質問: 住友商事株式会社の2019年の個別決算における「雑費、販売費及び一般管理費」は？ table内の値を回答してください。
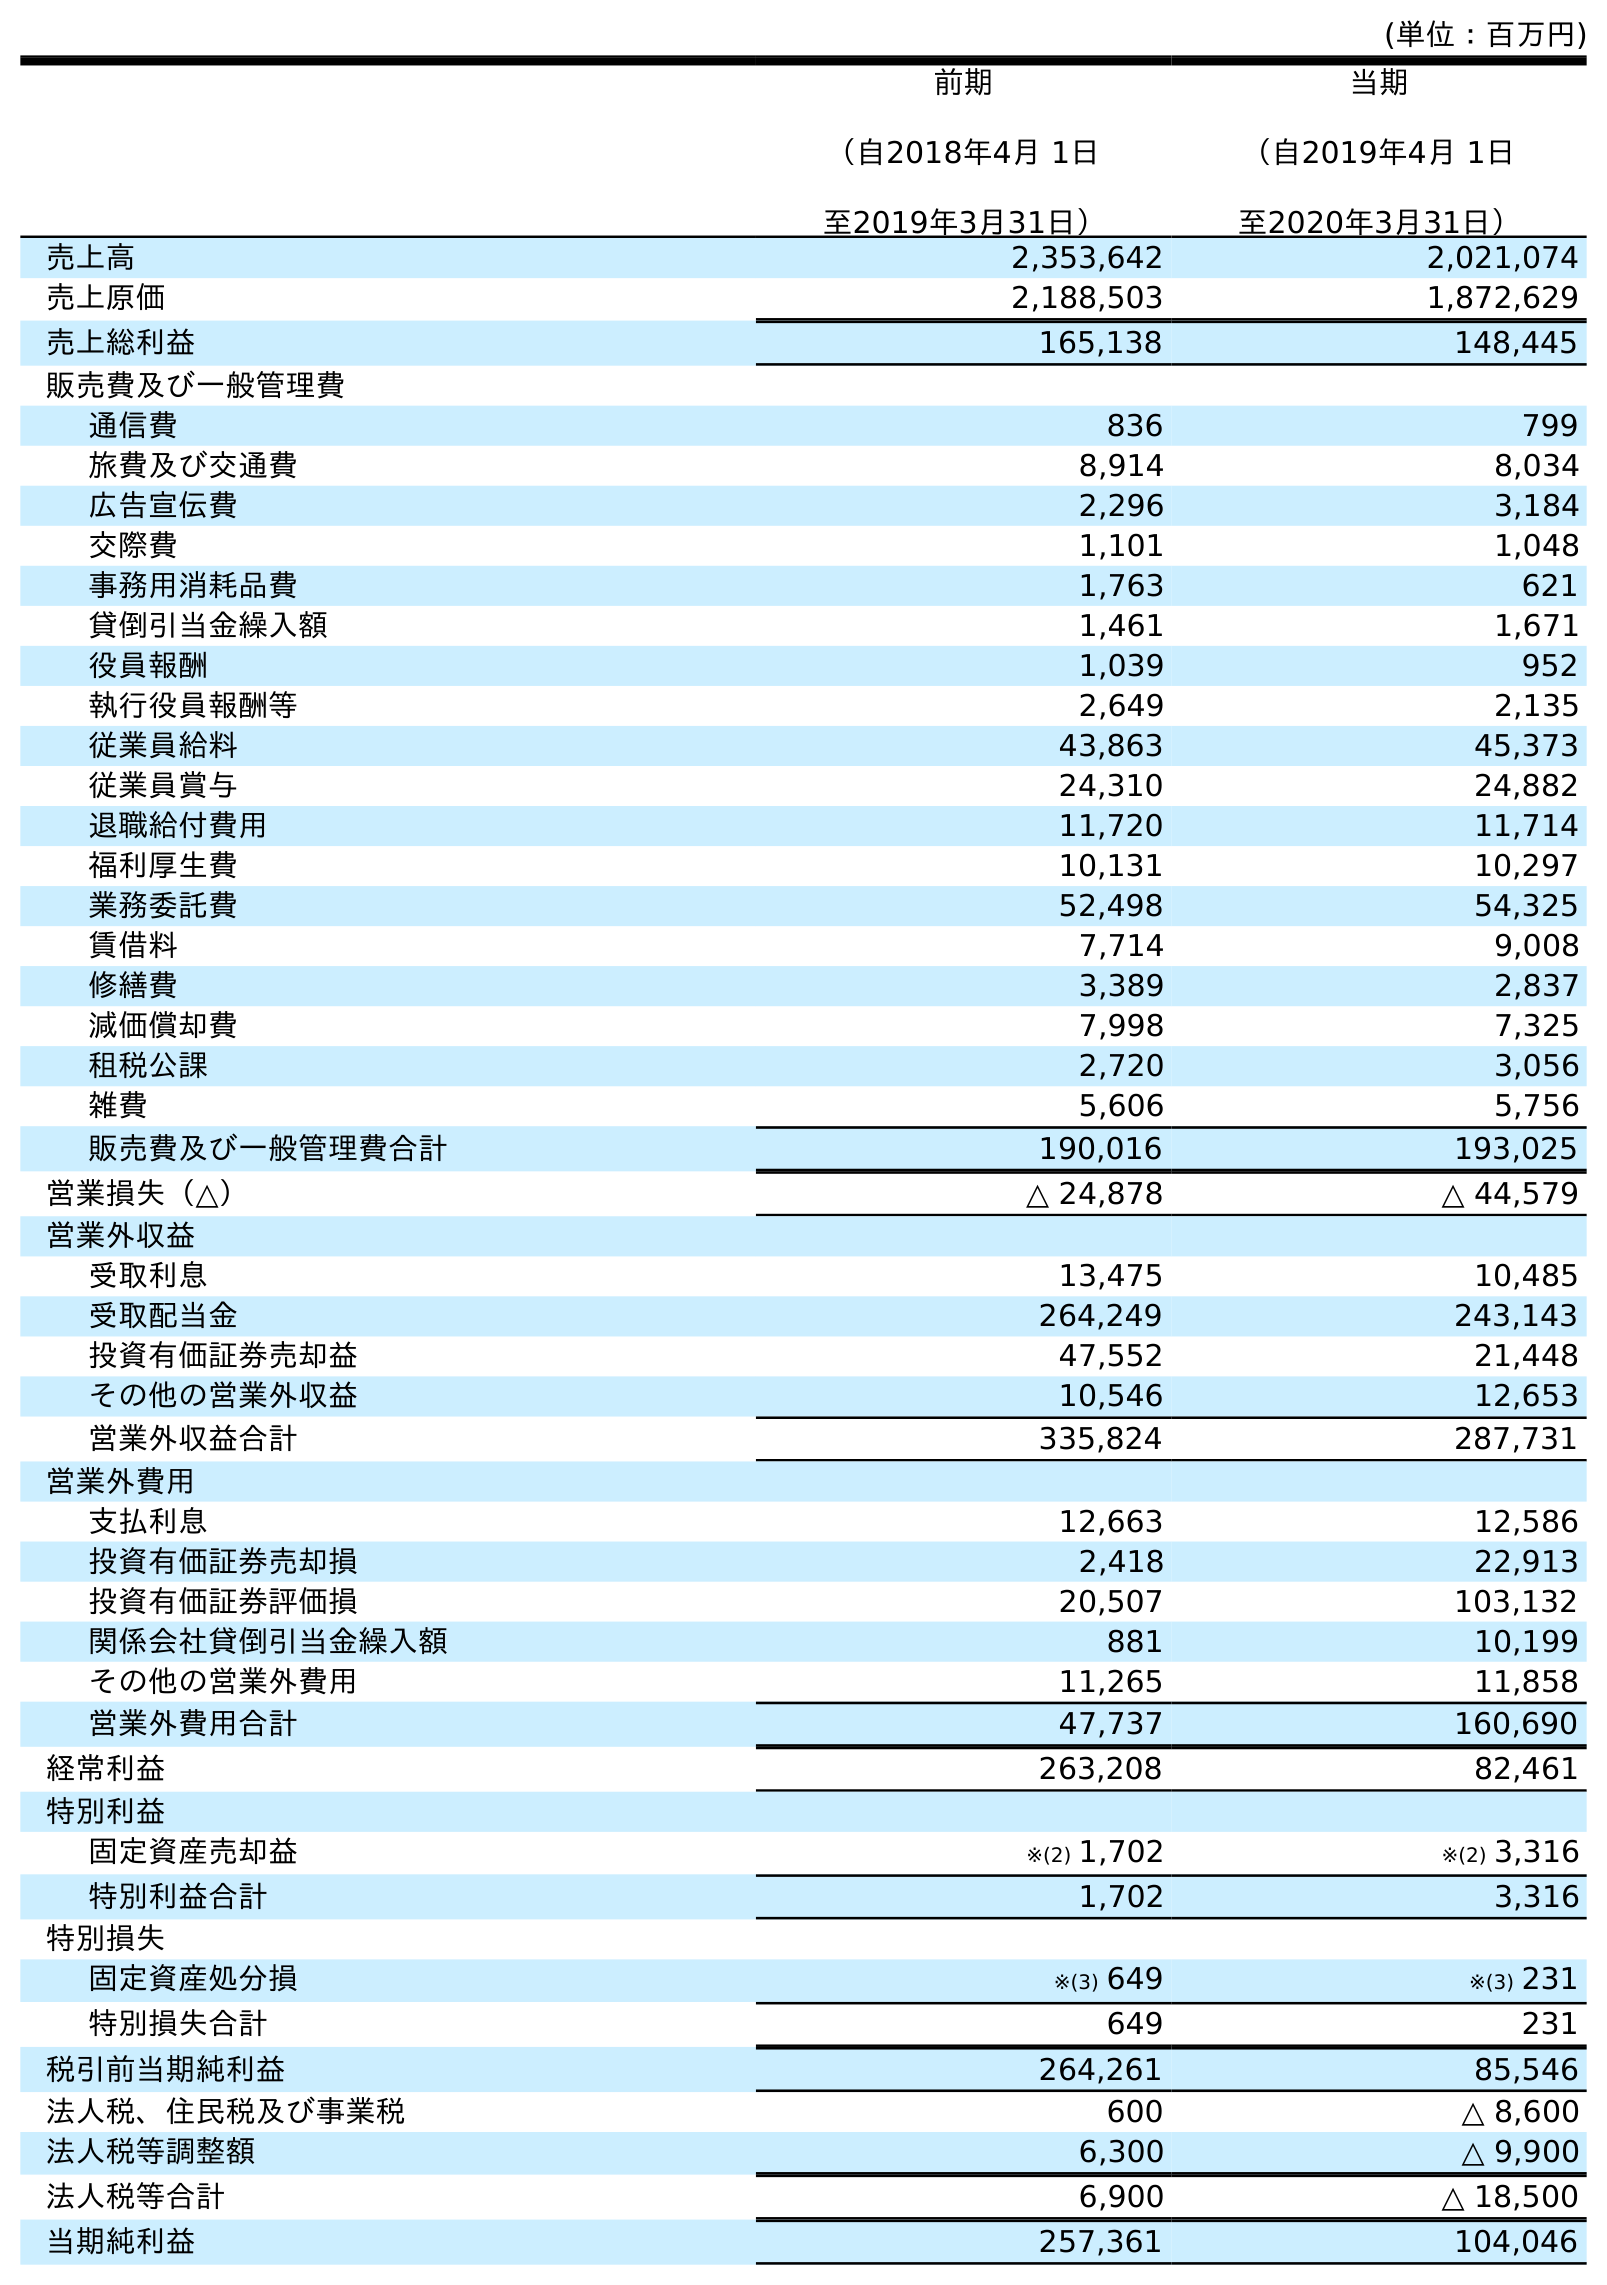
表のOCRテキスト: (単位：百万円) 前期 （自2018年4月 1日 至2019年3月31日） 当期 （自2019年4月 1日 至2020年3月31日） 売上高 2,353,642 2,021,074 売上原価 2,188,503 1,872,629 売上総利益 165,138 148,445 販売費及び一般管理費 通信費 836 799 旅費及び交通費 8,914 8,034 広告宣伝費 2,296 3,184 交際費 1,101 1,048 事務用消耗品費 1,763 621 貸倒引当金繰入額 1,461 1,671 役員報酬 1,039 952 執行役員報酬等 2,649 2,135 従業員給料 43,863 45,373 従業員賞与 24,310 24,882 退職給付費用 11,720 11,714 福利厚生費 10,131 10,297 業務委託費 52,498 54,325 賃借料 7,714 9,008 修繕費 3,389 2,837 減価償却費 7,998 7,325 租税公課 2,720 3,056 雑費 5,606 5,756 販売費及び一般管理費合計 190,016 193,025 営業損失（△） △ 24,878 △ 44,579 営業外収益 受取利息 13,475 10,485 受取配当金 264,249 243,143 投資有価証券売却益 47,552 21,448 その他の営業外収益 10,546 12,653 営業外収益合計 335,824 287,731 営業外費用 支払利息 12,663 12,586 投資有価証券売却損 2,418 22,913 投資有価証券評価損 20,507 103,132 関係会社貸倒引当金繰入額 881 10,199 その他の営業外費用 11,265 11,858 営業外費用合計 47,737 160,690 経常利益 263,208 82,461 特別利益 固定資産売却益 ※(2) 1,702 ※(2) 3,316 特別利益合計 1,702 3,316 特別損失 固定資産処分損 ※(3) 649 ※(3) 231 特別損失合計 649 231 税引前当期純利益 264,261 85,546 法人税、住民税及び事業税 600 △ 8,600 法人税等調整額 6,300 △ 9,900 法人税等合計 6,900 △ 18,500 当期純利益 257,361 104,046
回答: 5,606